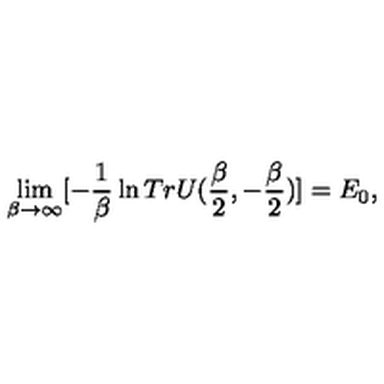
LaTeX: \lim _ { \beta \to \infty } [ - \frac { 1 } { \beta } \ln T r U ( \frac { \beta } { 2 } , - \frac { \beta } { 2 } ) ] = E _ { 0 } ,